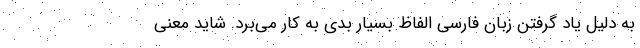
به دلیل یاد گرفتن زبان فارسی الفاظ بسیار بدی به کار می‌برد. شاید معنی